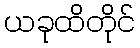
ယခုထိတိုင်